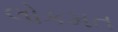
લોકમત